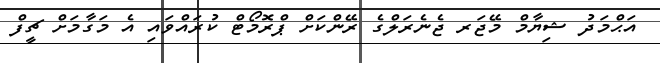
އަޙްމަދު ޝިޔާމް މޭޖަރ ޖެނެރަލްގެ ރޭންކަށް ޕްރޮމޯޓް ކުރައްވައި އެ މަގާމަށް ޗީފް